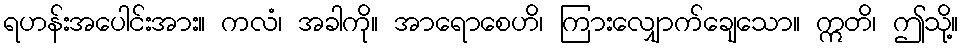
ရဟန်းအပေါင်းအား။ ကလံ၊ အခါကို။ အာရောစေဟိ၊ ကြားလျှောက်ချေသော။ ဣတိ၊ ဤသို့။